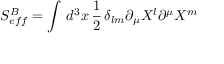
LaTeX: S _ { e f f } ^ { B } = \int \, d ^ { 3 } x \, \frac { 1 } { 2 } \, \delta _ { l m } \partial _ { \mu } X ^ { l } \partial ^ { \mu } X ^ { m }